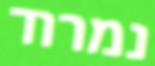
נמרוד